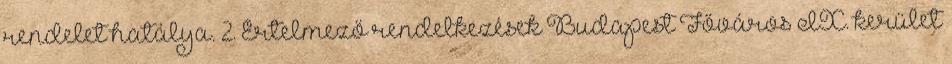
rendelet hatálya. 2. Értelmező rendelkezések Budapest Főváros IX. kerület